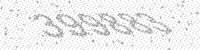
Solution: 399883